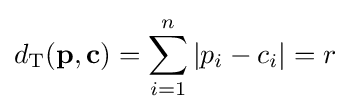
d_{\text{T}}(\mathbf {p} ,\mathbf {c} )=\sum _{i=1}^{n}|p_{i}-c_{i}|=r